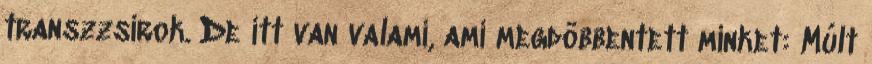
transzzsírok. De itt van valami, ami megdöbbentett minket: Múlt